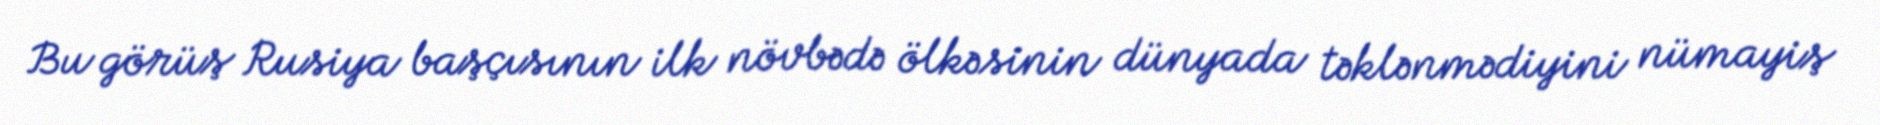
Bu görüş Rusiya başçısının ilk növbədə ölkəsinin dünyada təklənmədiyini nümayiş